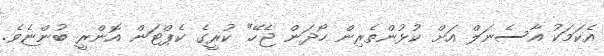
އެކަމަކު އާސެނަލް އަށް ކުޅުންތެރިން ހޯދަން ޖެހޭ" ކުރީގެ ކެޕްޓަން އޮންރީ ބުންޏެވެ.